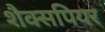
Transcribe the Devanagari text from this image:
शैक्सपियर